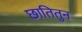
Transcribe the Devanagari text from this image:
छातितुन